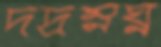
দদ্রম্নঘ্ন